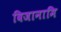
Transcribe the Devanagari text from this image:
विजानामि